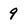
Character: 9